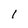
Character: I